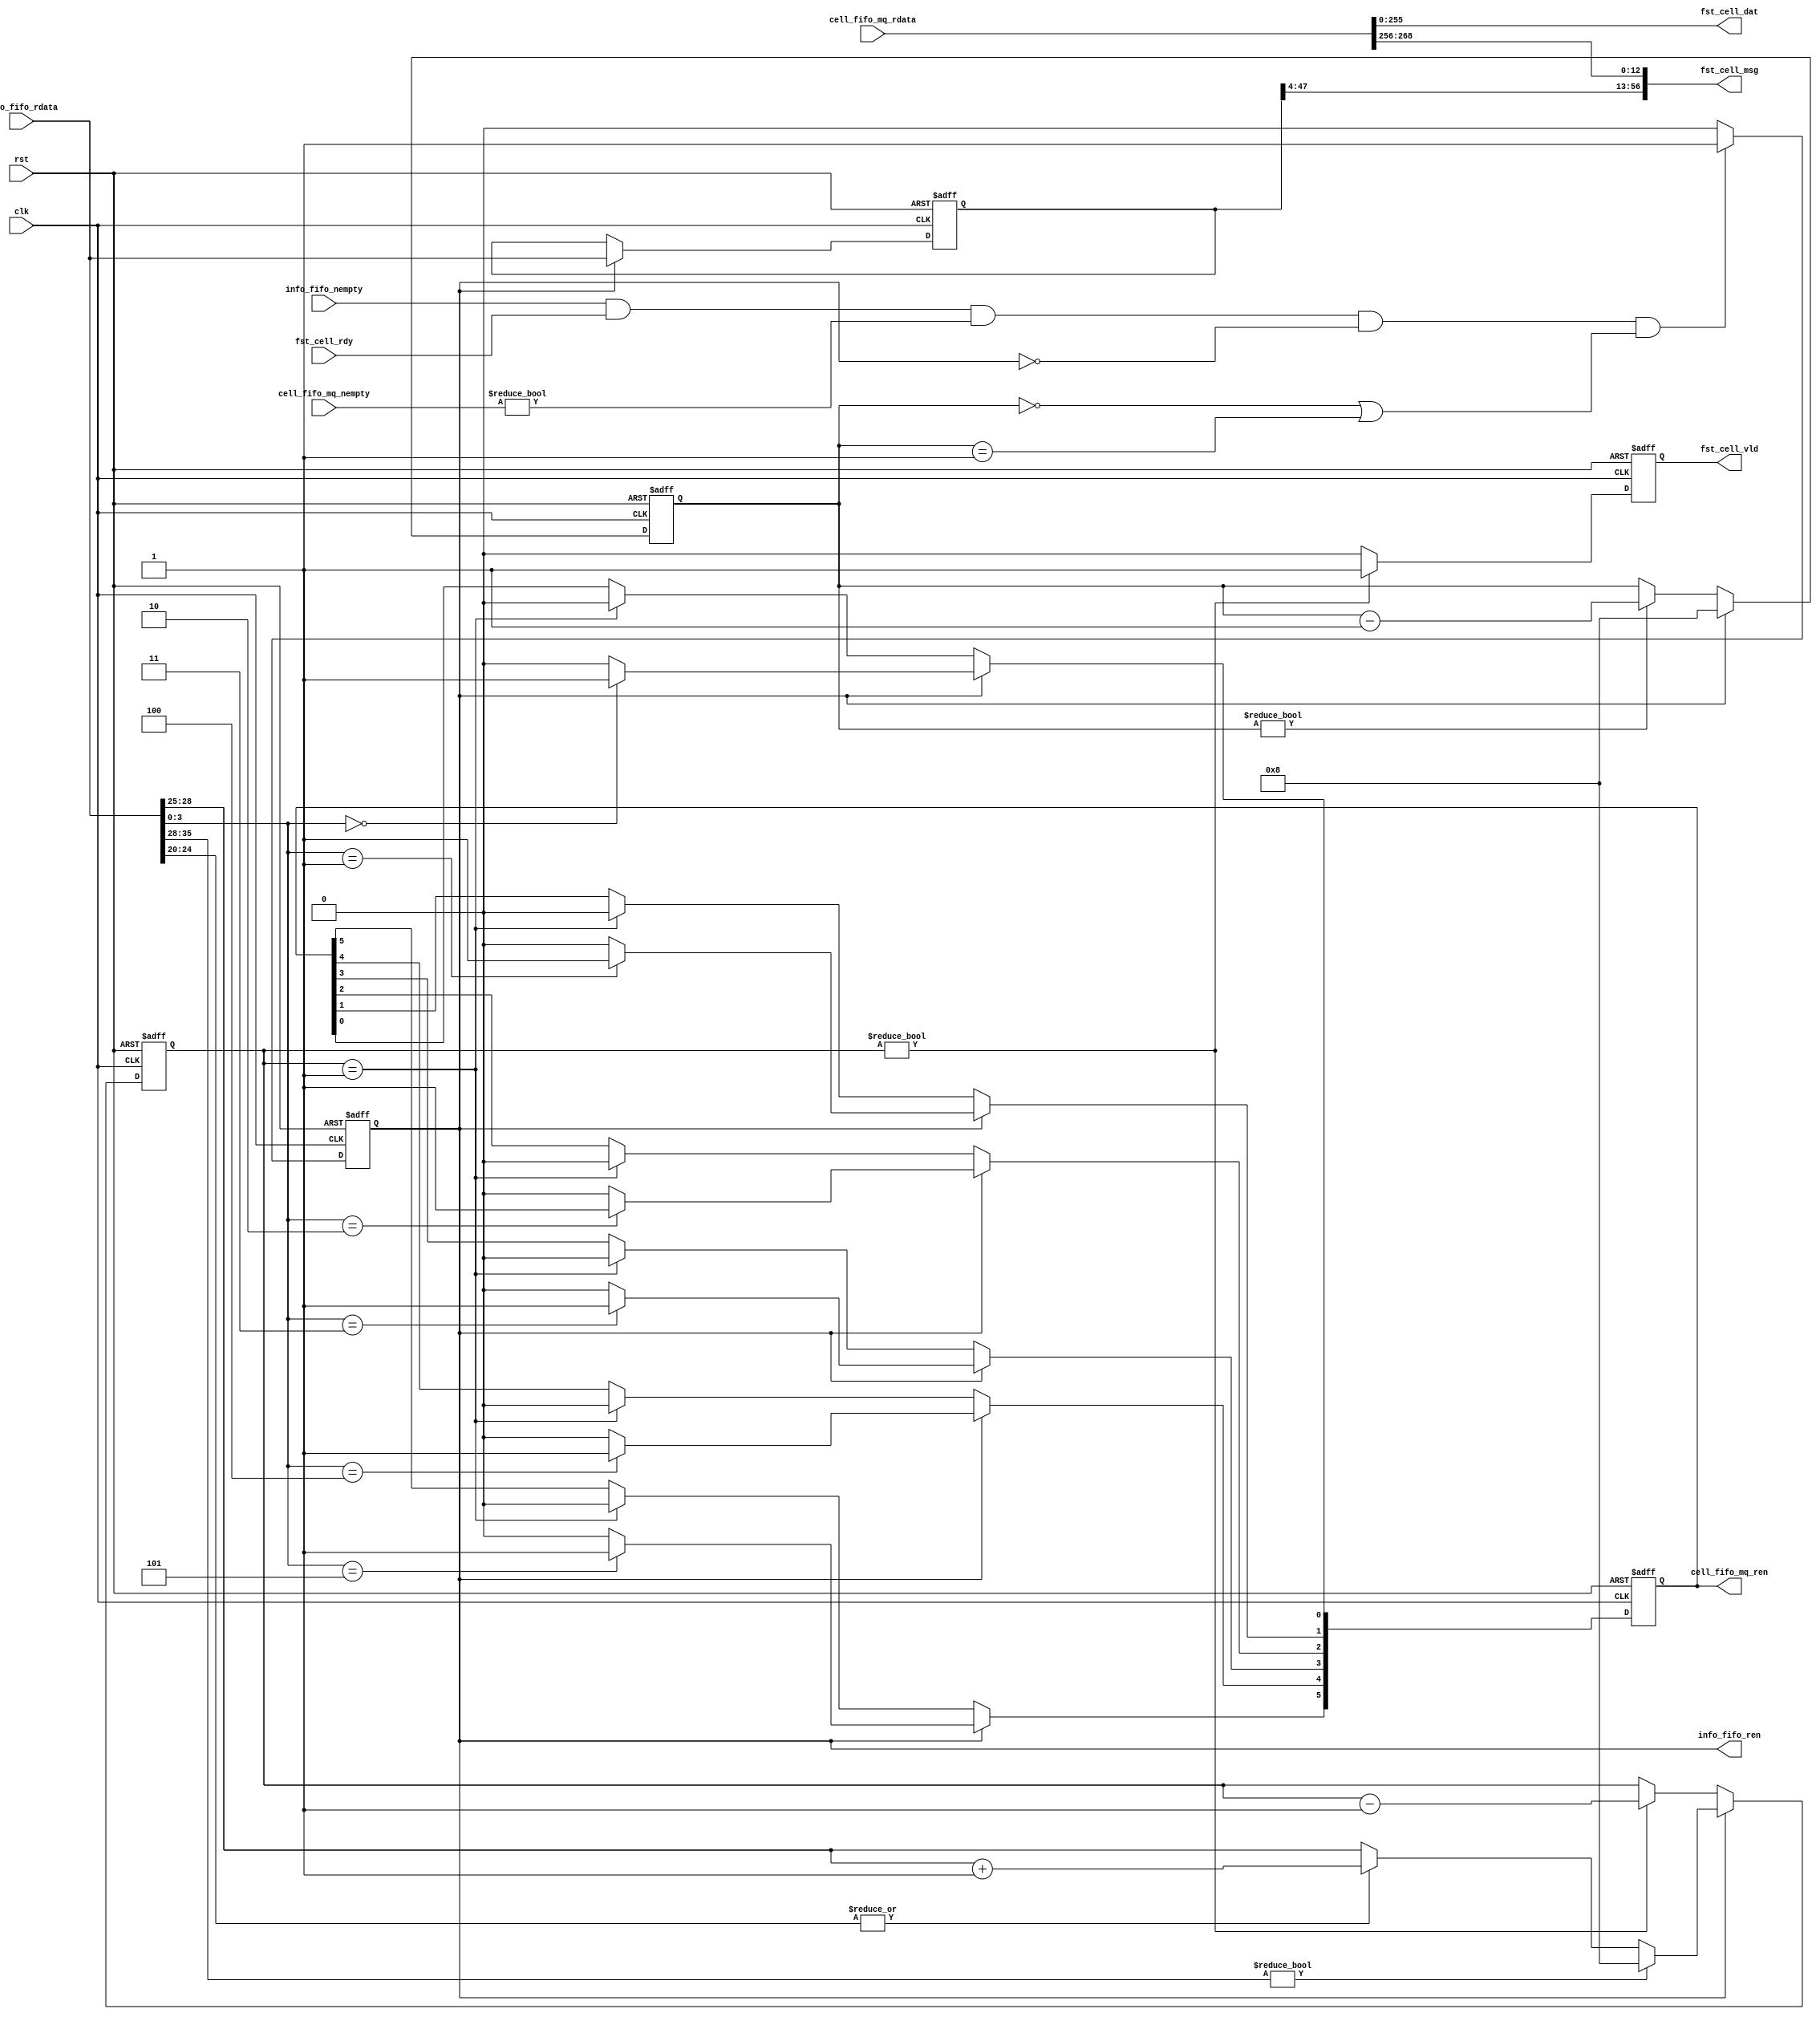
`timescale 1ns / 1ps
module cell_que #(
		parameter    CHN_NUM      = 6	,  
		parameter    DWID         = 256 ,  
		parameter    MSG_WID        = 13  ,  
		parameter    PIMWID       = 48  ,  		
		parameter    PQMWID       = MSG_WID+44     	
) (
    input				        clk          	    	,   
    input				        rst          	    	,
    output	reg			        info_fifo_ren       	,   
    input	[PIMWID-1:0]		info_fifo_rdata     	,   
    input				        info_fifo_nempty    	,   

    input				        fst_cell_rdy   	   		,
    output	[DWID-1:0]		    fst_cell_dat   	   		,
    output	[PQMWID-1:0]		fst_cell_msg	   		, 
    output	reg			        fst_cell_vld   	   		,
	
	output	reg [1*CHN_NUM-1:0]	cell_fifo_mq_ren	   	,	
    input	[DWID+MSG_WID-1:0]  cell_fifo_mq_rdata	   	,
    input	[1*CHN_NUM-1:0]		cell_fifo_mq_nempty	   	

	
);
localparam    CID_LSB       = 45		;  
localparam    CID_MSB       = 47		;  
localparam    PLEN_LSB      = 12		;  
localparam    PLEN_MSB      = 12+16-1	;  
localparam    SOC_LSB       = 2		 	;  
localparam    SOC_MSB       = 2		 	;  
localparam    EOC_LSB       = 3		 	;  
localparam    EOC_MSB       = 3		 	;  
localparam    CID_WID       = 4 	 	;  
localparam    PLEN_WID      = 16	 	;  
localparam    CSZ_WID       = 3	 		;  
localparam    CELL_SZ       = 8	 		;  

integer   		  				i				    ;
wire     [CID_WID-1:0] 			info_cid			;  
wire     [PLEN_WID-1:0] 		info_plen			;  
wire     [PLEN_WID-1:0] 		temp_info_plen		;  
wire     [CSZ_WID:0] 			info_csz			;  
reg      [CID_WID-1:0] 			info_cid_reg		;  
reg      [CSZ_WID-1:0] 			info_csz_reg		;  
reg 							info_fifo_ren_reg	;  
wire 							real_cell_ren	    ;  
reg      [CSZ_WID:0] 			real_cell_ren_cnt   ;
reg      [CSZ_WID:0] 			cell_ren_cnt        ;
reg     [PIMWID-1:0] 			info_rdata_lat      ;  
reg     [PIMWID-1:0] 			info_rdata_lat_1dly ;  
wire    [DWID-1:0] 			    cell_data			;
wire    [MSG_WID-1:0] 			cell_msg			;

assign info_cid   = info_fifo_rdata[0 +: 4];
assign info_plen  = info_fifo_rdata[20 +: 16];
assign info_csz   = ( info_plen[15:8]!=0 ) ? 4'h8 : ( |info_plen[4:0] ) ? (info_plen[8:5]+1'b1) : info_plen[8:5] ;

always @ ( posedge clk or posedge rst ) begin
	if( rst==1'b1 )begin
		info_fifo_ren <= 1'b0;
	end
  else if( info_fifo_nempty==1'b1 && fst_cell_rdy==1'b1 && cell_fifo_mq_nempty!={CHN_NUM{1'b0}} && info_fifo_ren==1'b0 && (cell_ren_cnt==0||cell_ren_cnt==1) ) begin
		info_fifo_ren <= 1'b1;
	end
	else begin
		info_fifo_ren <= 1'b0;
	end
end
always @ ( posedge clk or posedge rst ) begin
	if( rst==1'b1 )begin
		cell_fifo_mq_ren <= 0;
	end
	else if( info_fifo_ren==1'b1 ) begin
		for( i=0; i<CHN_NUM; i=i+1 ) begin
			cell_fifo_mq_ren[i] <= (info_cid==i) ? 1'b1 : 1'b0;
		end
	end
	else if( real_cell_ren_cnt==1 ) begin
		cell_fifo_mq_ren <= 0;
	end
end
always @ ( posedge clk or posedge rst ) begin
	if( rst==1'b1 )begin
		real_cell_ren_cnt <= 0;
	end
	else begin
		if( info_fifo_ren==1'b1 )begin
			real_cell_ren_cnt <= info_csz;
		end
		else if( real_cell_ren_cnt!=0 )begin
			real_cell_ren_cnt <= real_cell_ren_cnt - 1'b1;
		end
	end
end
always @ ( posedge clk or posedge rst ) begin
	if( rst==1'b1 )begin
		cell_ren_cnt <= 0;
	end
	else begin
		if( info_fifo_ren==1'b1 )begin
			cell_ren_cnt <= CELL_SZ;
		end
		else if( cell_ren_cnt!=0 )begin
			cell_ren_cnt <= cell_ren_cnt - 1'b1;
		end
	end
end
always @ ( posedge clk or posedge rst ) begin
	if( rst==1'b1 )begin
		info_rdata_lat_1dly <= 0;
	end
	else if( info_fifo_ren==1'b1 ) begin
		info_rdata_lat_1dly <= info_fifo_rdata;
	end
end
assign real_cell_ren = (real_cell_ren_cnt!=0) ? 1'b1 : 1'b0;
always @ ( posedge clk or posedge rst ) begin
	if( rst==1'b1 )begin
		fst_cell_vld <= 0;
	end
	else begin
		fst_cell_vld <= real_cell_ren;
	end
end
assign cell_data = cell_fifo_mq_rdata[DWID-1:0];
assign cell_msg  = cell_fifo_mq_rdata[DWID+MSG_WID-1:DWID];
assign fst_cell_dat = cell_data;
assign fst_cell_msg = { info_rdata_lat_1dly[47:4], cell_msg[MSG_WID-1:0] } ;
endmodule